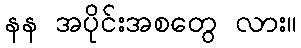
နန အပိုင်းအစတွေ လား။